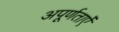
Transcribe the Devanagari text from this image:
अपूर्णताऐं